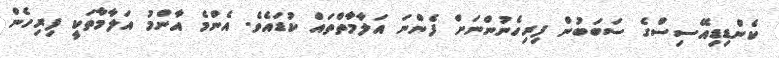
ކެންޑިޑިއޭސިސްގެ ސަބަބުން ފިރިހެނުންނަށް ފެންނަ އަލާމާތްތައް ކުޑައެވެ. އެންމެ އާންމު އަލާމާތަކީ ފިރިހެން